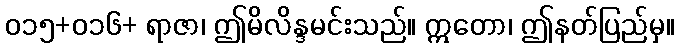
၀၁၅+၀၁၆+ ရာဇာ၊ ဤမိလိန္ဒမင်းသည်။ ဣတော၊ ဤနတ်ပြည်မှ။